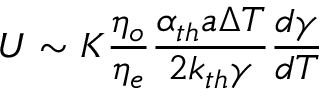
U \sim K \frac { \eta _ { o } } { \eta _ { e } } \frac { \alpha _ { t h } a \Delta T } { 2 k _ { t h } \gamma } \frac { d \gamma } { d T }